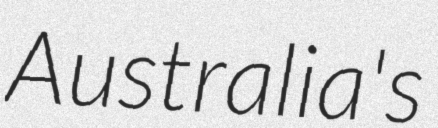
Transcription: Australia's